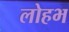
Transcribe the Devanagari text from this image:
लोहभ